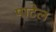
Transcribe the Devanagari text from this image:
पाटेल